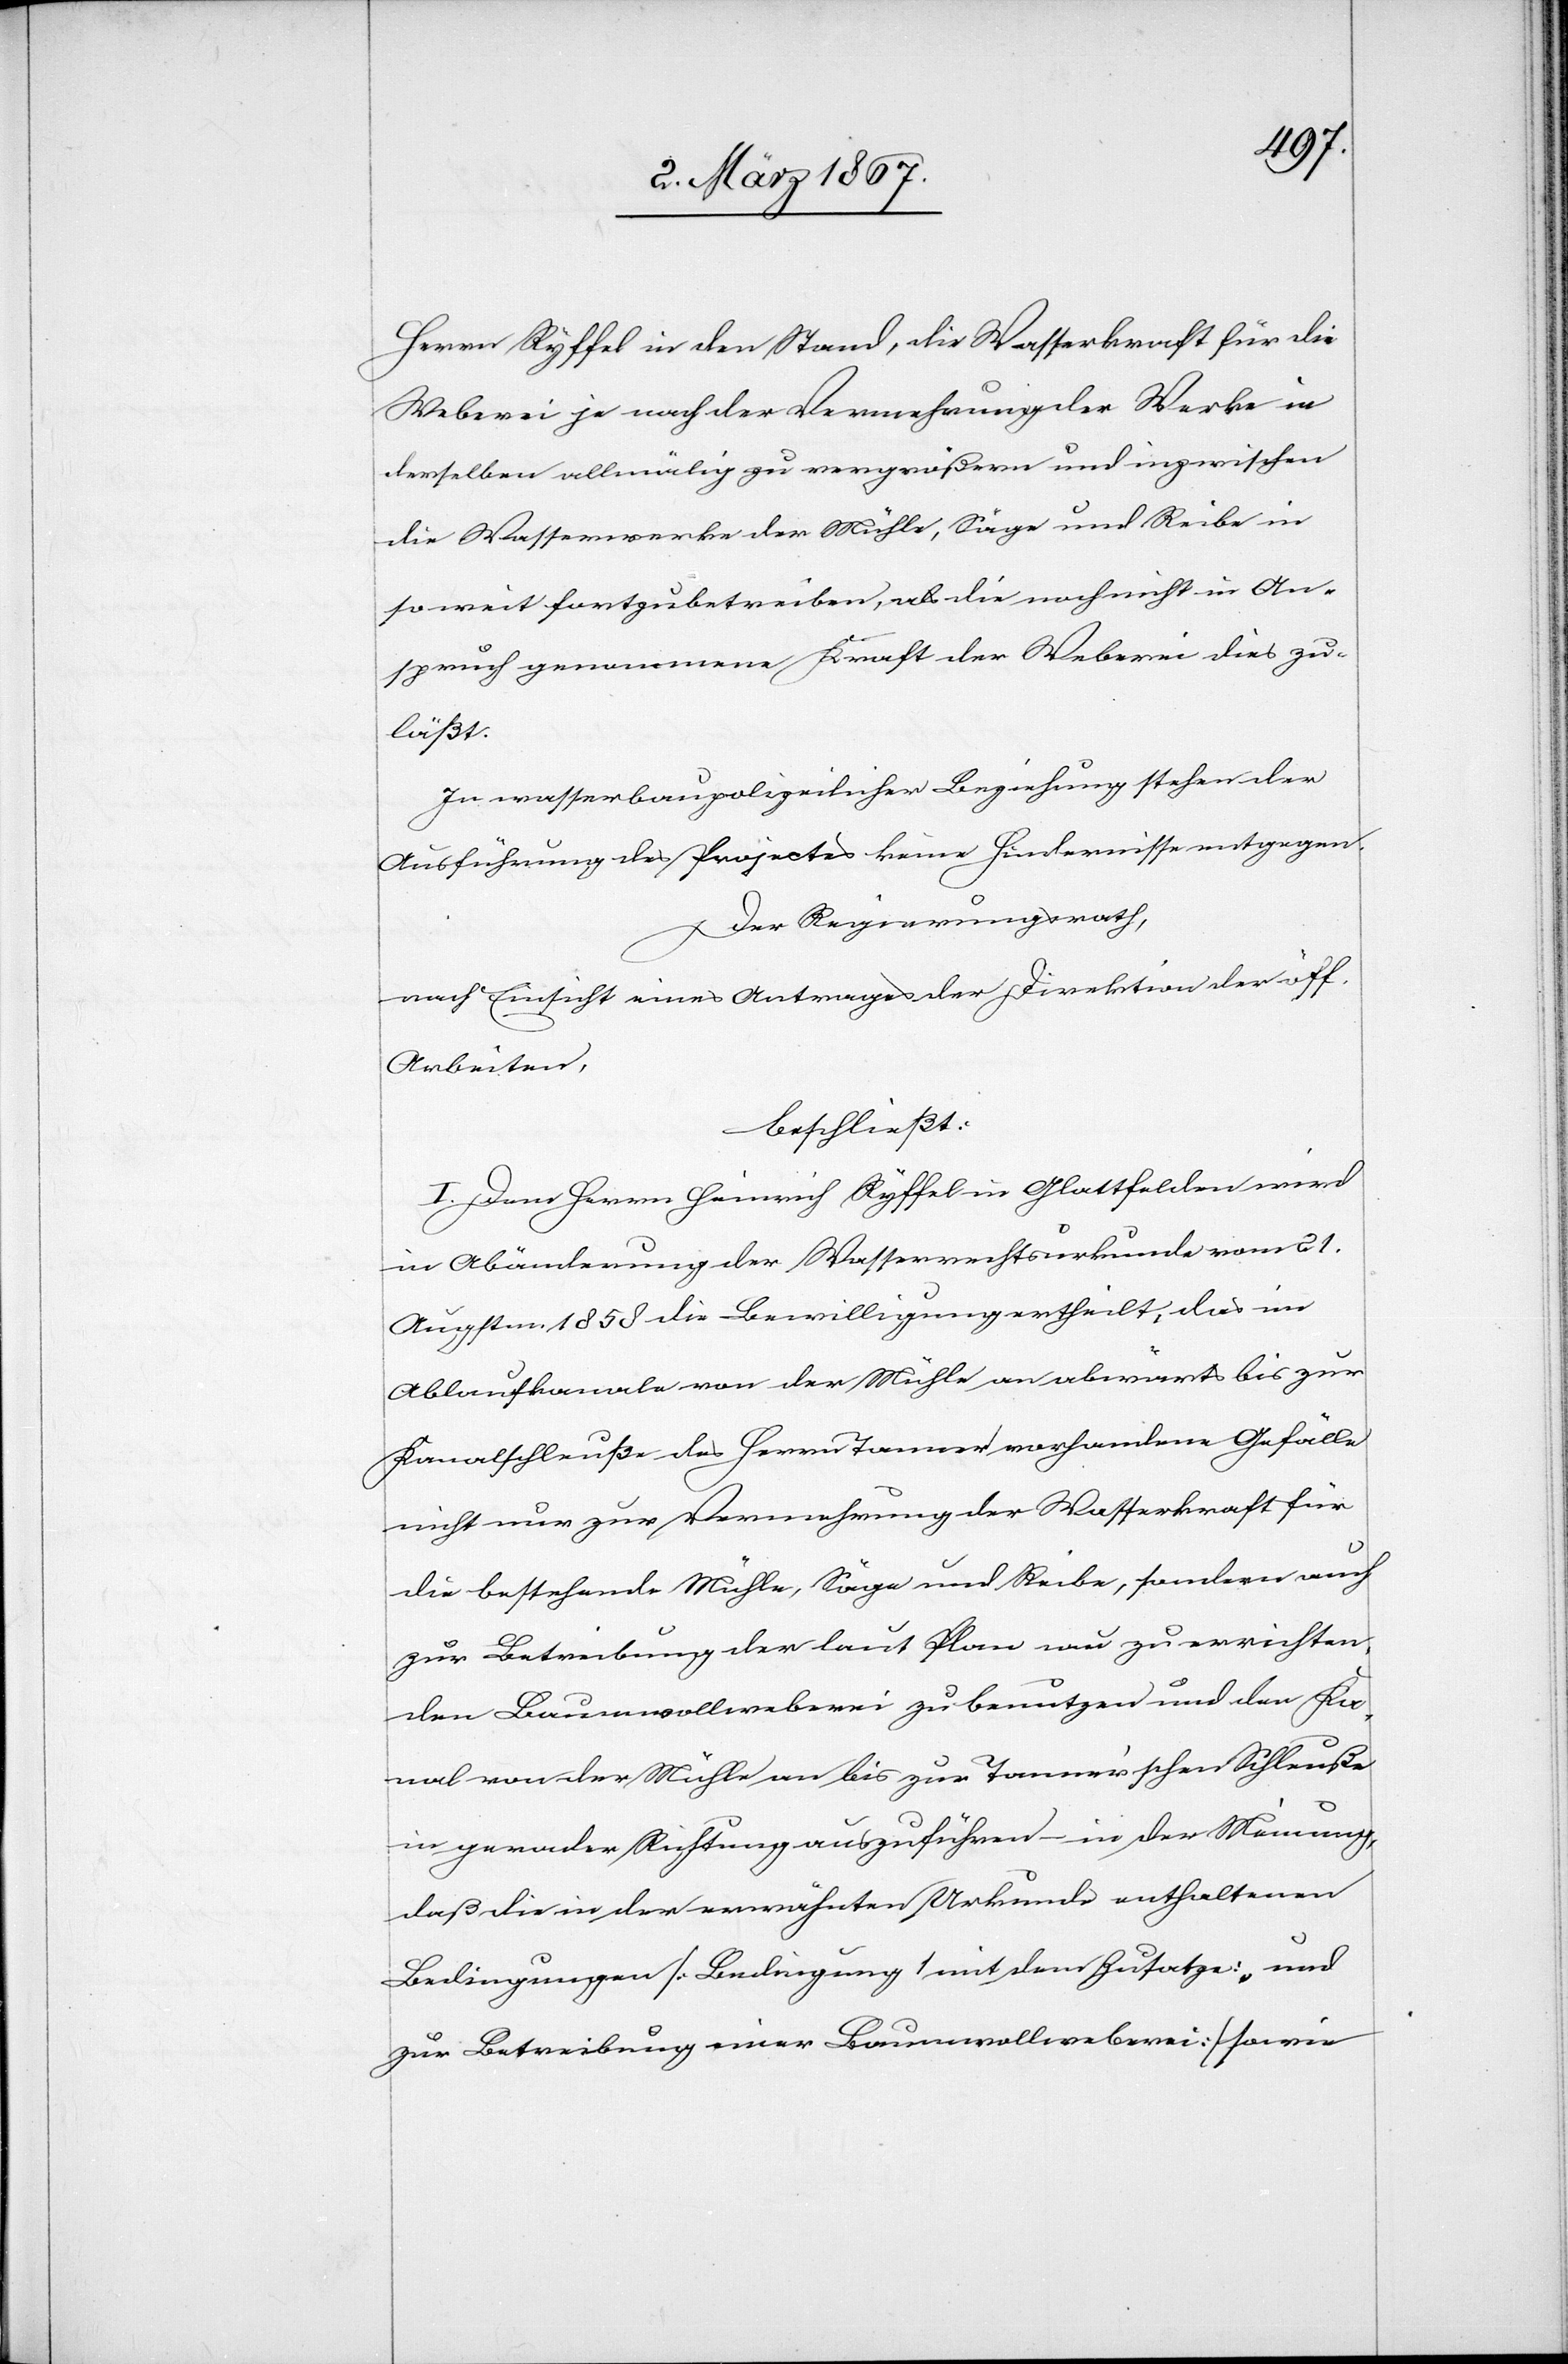
Herrn Ryffel in den Stand, die Wasserkraft für die
Weberei je nach der Vermehrung der Werke in
derselben allmälig zu vergrößern und inzwischen
die Wasserwerke der Mühle, Säge und Reibe in
so weit fortzubetreiben, als die noch nicht in An¬
spruch genommene Kraft der Weberei dies zu¬
läßt.
In wasserbaupolizeilicher Beziehung stehen der
Ausführung des Projectes keine Hindernisse entgegen.
Der Regierungsrath,
nach Einsicht eines Antrages der Direktion der öff.
Arbeiten,
beschließt:
I. Dem Herrn Heinrich Ryffel in Glattfelden wird
in Abänderung der Wasserrechtsurkunde vom 21.
Augustm. 1858 die Bewilligung ertheilt, das im
Ablaufkanale von der Mühle an abwärts bis zur
Kanalschleuße des Herrn Tanner vorhandene Gefälle
nicht nur zur Vermehrung der Wasserkraft für
die bestehende Mühle, Säge und Reibe, sondern auch
zur Betreibung der laut Plan neu zu errichten¬
den Baumwollweberei zu benutzen und den Ka¬
nal von der Mühle an bis zur Tanner’schen Schleuße
in gerader Richtung auszuführen – in der Meinung,
daß die in der erwähnten Urkunde enthaltenen
Bedingungen [Bedingung 1 mit dem Zusatze: „und
zur Betreibung einer Baumwollweberei“] sowie